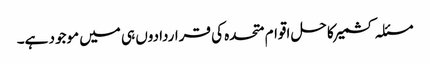
مسئلہ کشمیر کا حل اقوام متحدہ کی قراردادوں ہی میں موجود ہے۔